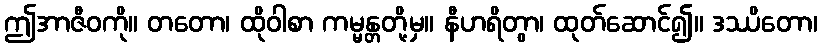
ဤအာဇီဝကို။ တတော၊ ထိုဝါစာ ကမ္မန္တတို့မှ။ နီဟရိတွာ၊ ထုတ်ဆောင်၍။ ဒဿိတော၊